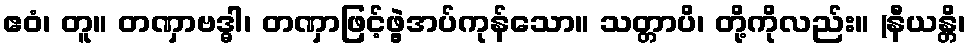
ဧဝံ၊ တူ။ တဏှာဗဒ္ဓါ၊ တဏှာဖြင့်ဖွဲ့အပ်ကုန်သော။ သတ္တာပိ၊ တို့ကိုလည်း။ (နီယန္တိ၊